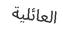
العائلية